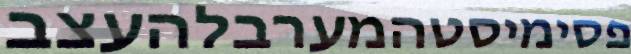
פסימיסטהמערבלהעצב